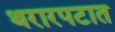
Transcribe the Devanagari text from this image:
थरारपटात